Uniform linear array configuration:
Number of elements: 64
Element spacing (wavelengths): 0.5
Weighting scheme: blackman
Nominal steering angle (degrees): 0
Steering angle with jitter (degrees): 0.2167
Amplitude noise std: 0.05
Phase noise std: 0.05

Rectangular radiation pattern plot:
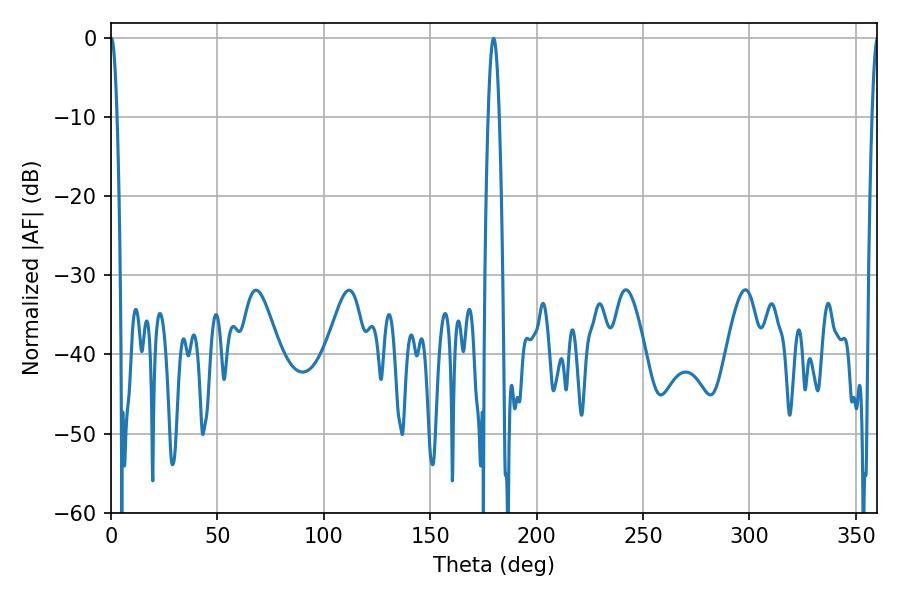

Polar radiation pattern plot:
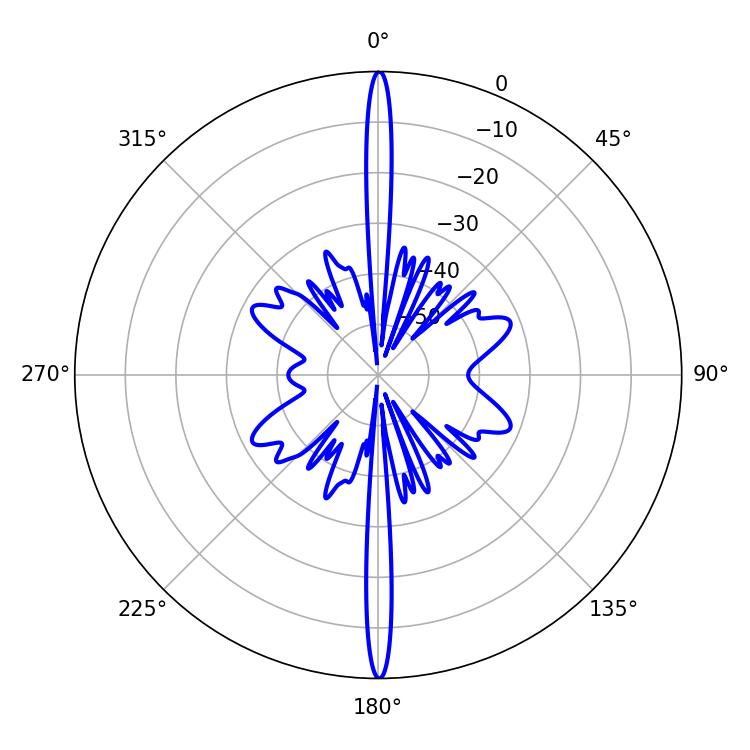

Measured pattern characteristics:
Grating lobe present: FALSE
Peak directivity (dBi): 36.969
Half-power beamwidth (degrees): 1.62
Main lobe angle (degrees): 0.18